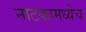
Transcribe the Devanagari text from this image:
नाटकामध्येच